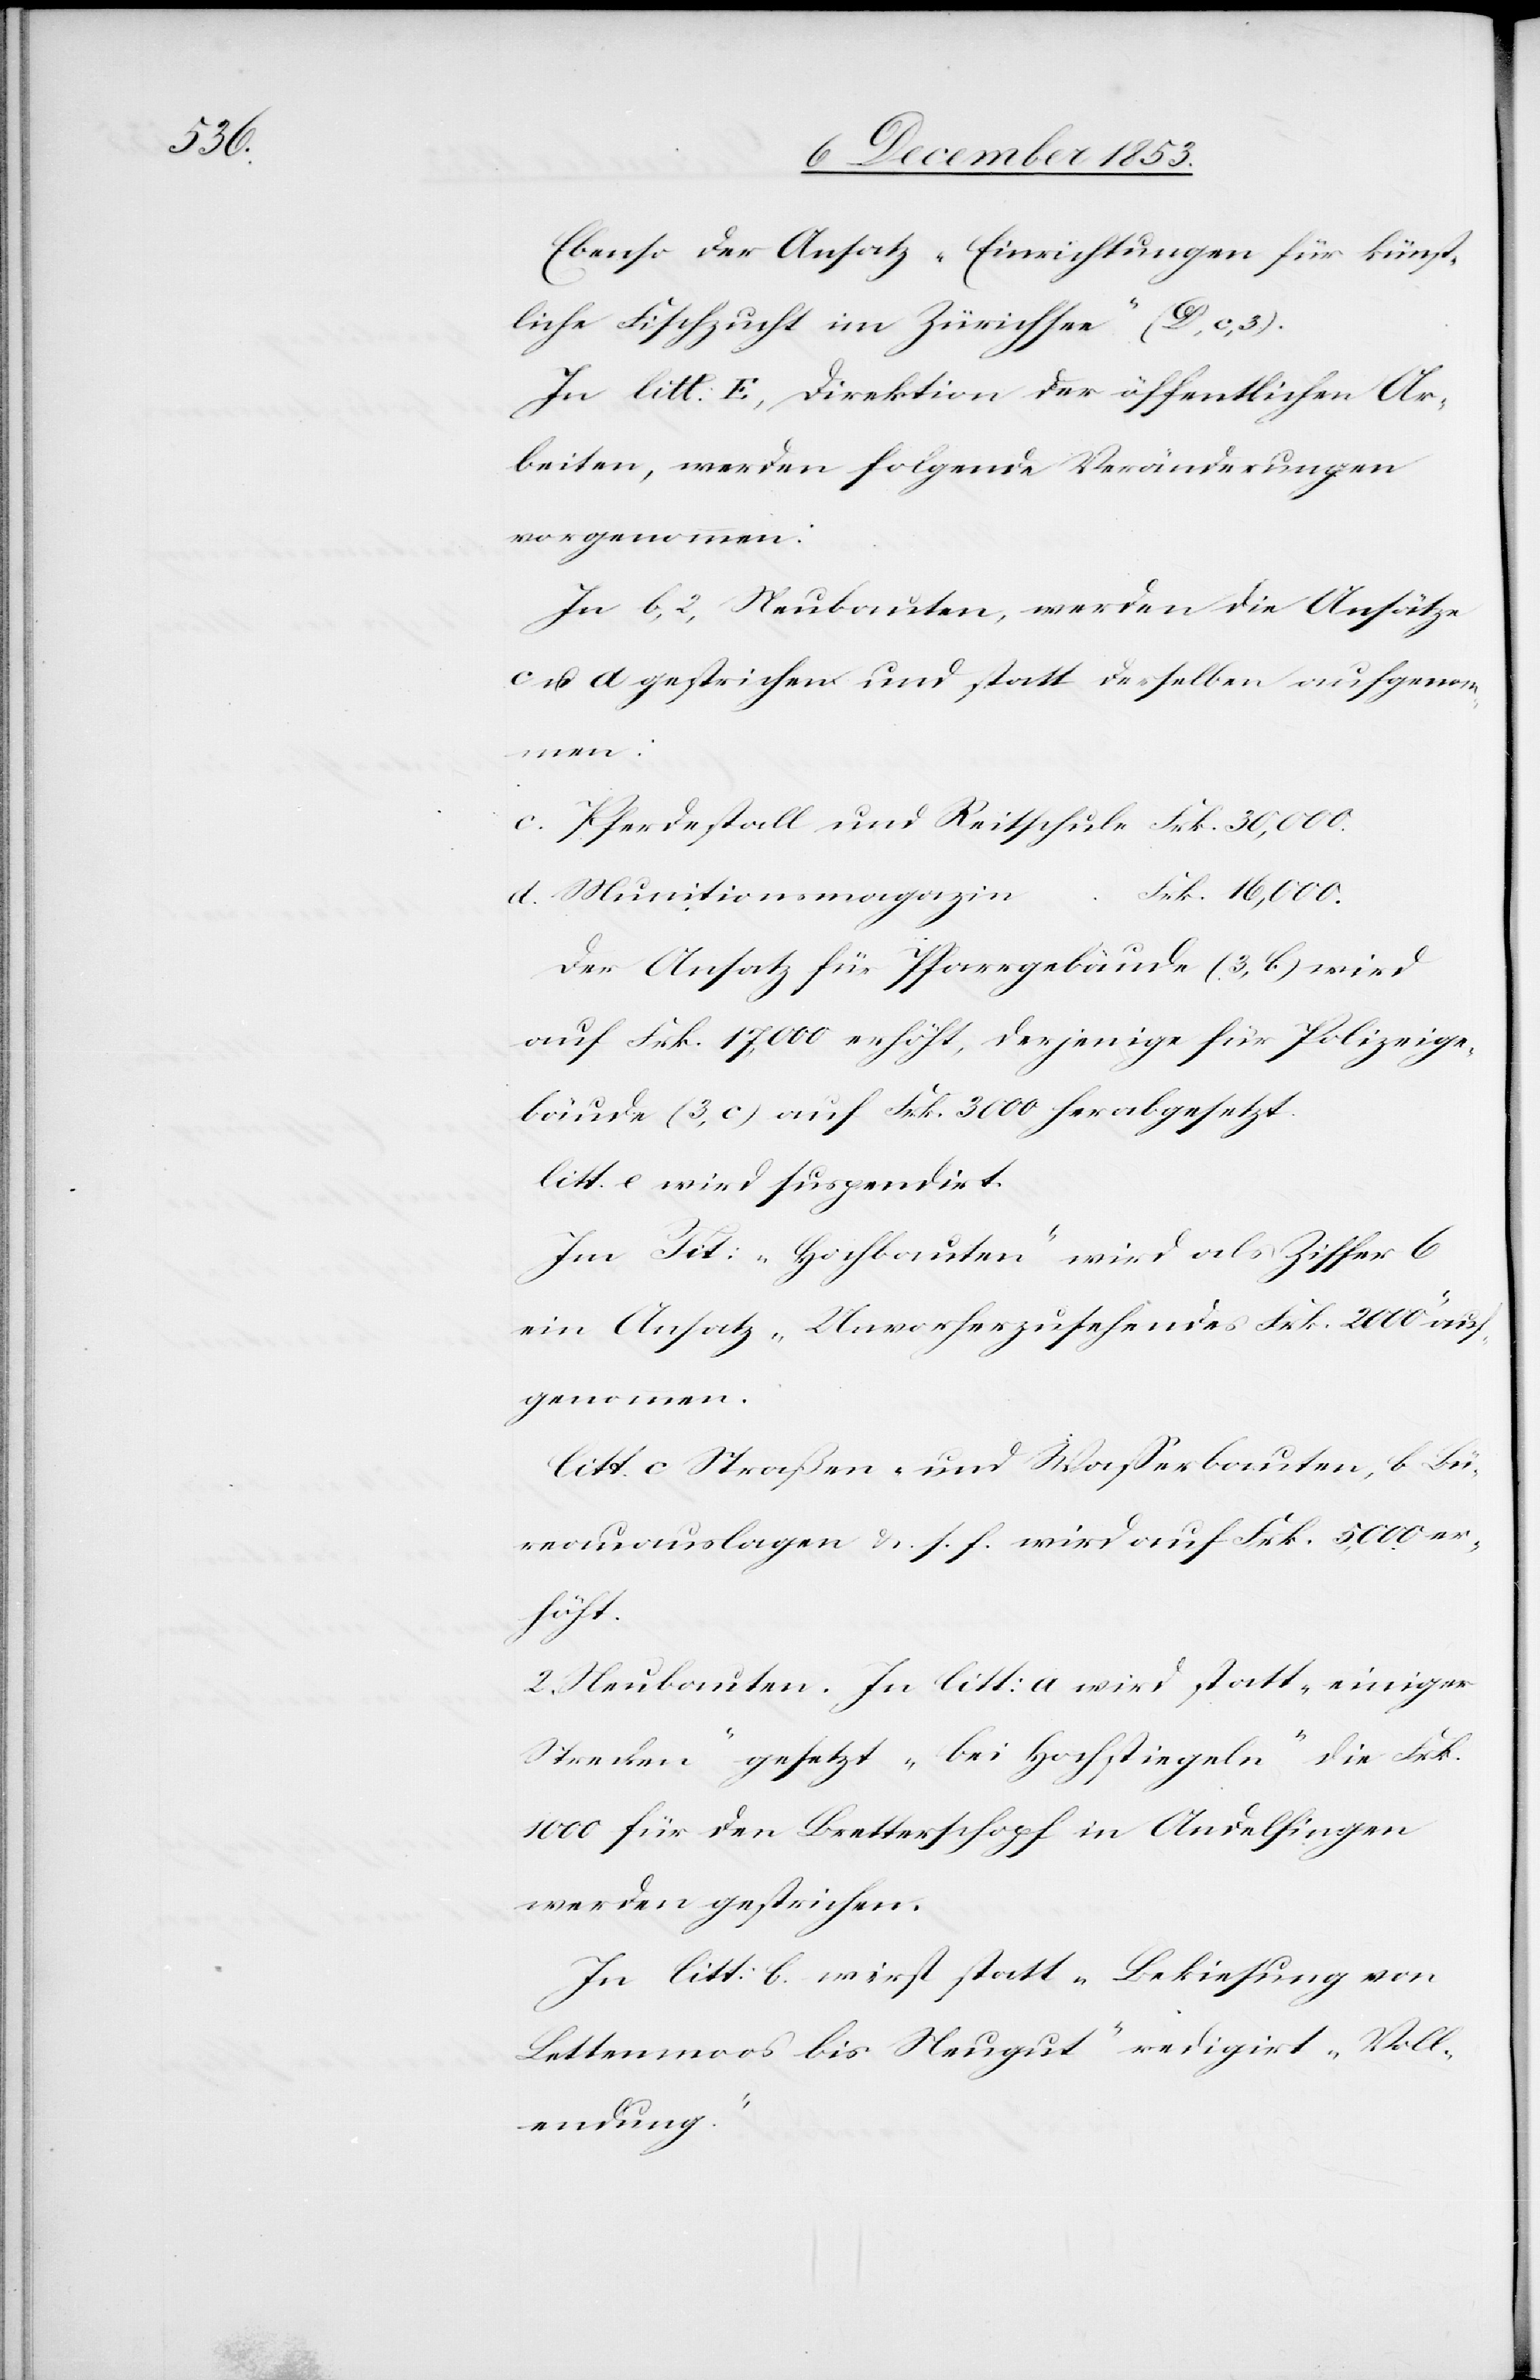
Ebenso der Ansatz „Einrichtungen für künst¬
liche Fischzucht im Zürichsee“ (D, c, 3).
In litt: E, Direktion der öffentlichen Ar¬
beiten, werden folgende Veränderungen
vorgenommen:
In b, 2, Neubauten, werden die Ansätze
c u. a gestrichen und statt derselben aufgenom¬
men:
c. Pferdestall und Reitschule Frk. 30,000.
d. Munitionsmagazin	“
Der Ansatz für Pfarrgebäude (3,b) wird
auf Frk. 17,000 erhöht, derjenige für Polizeige¬
bäude (3,c) auf Frk. 3000 herabgesetzt.
Litt. e wird suspendirt.
Im Tit: „Hochbauten“ wird als Ziffer 6
ein Ansatz „Unvorherzusehendes Frk. 2000“ aus¬
genommen:
Litt. c Straßen- und Waßerbauten, b Bü¬
reauauslagen u. s. f. wird auf Frk. 5,000 er¬
höht.
2. Neubauten. In litt: a wird statt „einiger
Strecken“ gesetzt „bei Hochstiegeln“ die Frk.
1000 für den Bretterschopf in Andelfingen
werden gestrichen.
In litt: b wird statt „Bekiesung von
Bettenmoos bis Neugut“ redigirt „Voll¬
endung.“